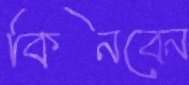
কিনবেন